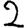
Digit: 2